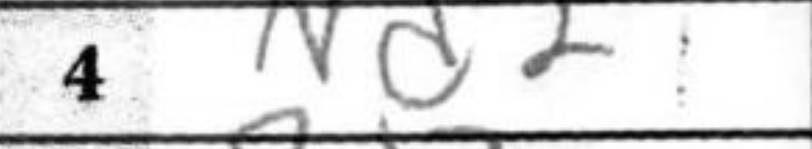
Transcription: Nd2